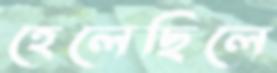
হেলেছিলে